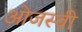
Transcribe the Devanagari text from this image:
ओजस्‍वी